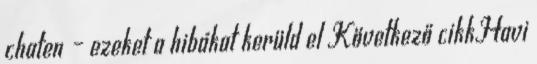
chaten – ezeket a hibákat kerüld el Következő cikkHavi